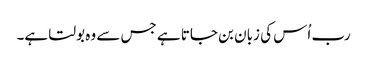
رب اُس کی زبان بن جاتا ہے جس سے وہ بولتا ہے۔